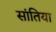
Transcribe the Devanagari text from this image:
सांतिया